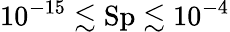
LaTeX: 10^{-15}\lesssim\mathrm{Sp}\lesssim 10^{-4}